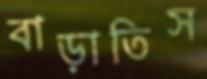
বাড়াতিস